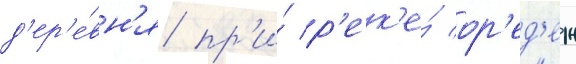
д'ер'е́вн'я пр'и́ р'ек'е́ ор'ед'еж